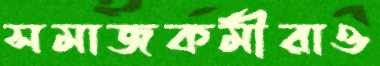
সমাজকর্মীরাও